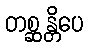
တစ္ဆန္တိပေ